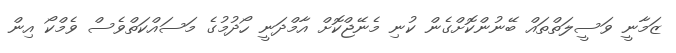
ޒަމާނީ ވަސީލަތްތައް ބޭނުންކޮށްގެން ކުނި މެނޭޖްކޮށް އާމްދަނީ ހޯދުމުގެ މަސައްކަތްވެސް ވެމްކޯ އިން